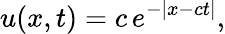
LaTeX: u(x,t)=c\, e^{-\lvert x-ct\rvert},